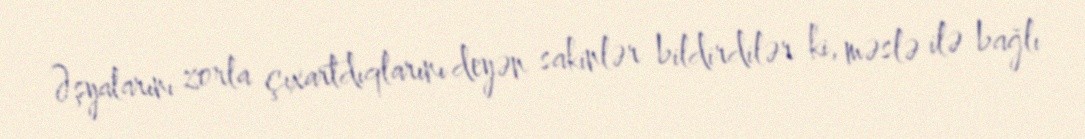
Əşyalarını zorla çıxartdıqlarını deyən sakinlər bildirdilər ki, məslə ilə bağlı